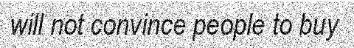
will not convince people to buy